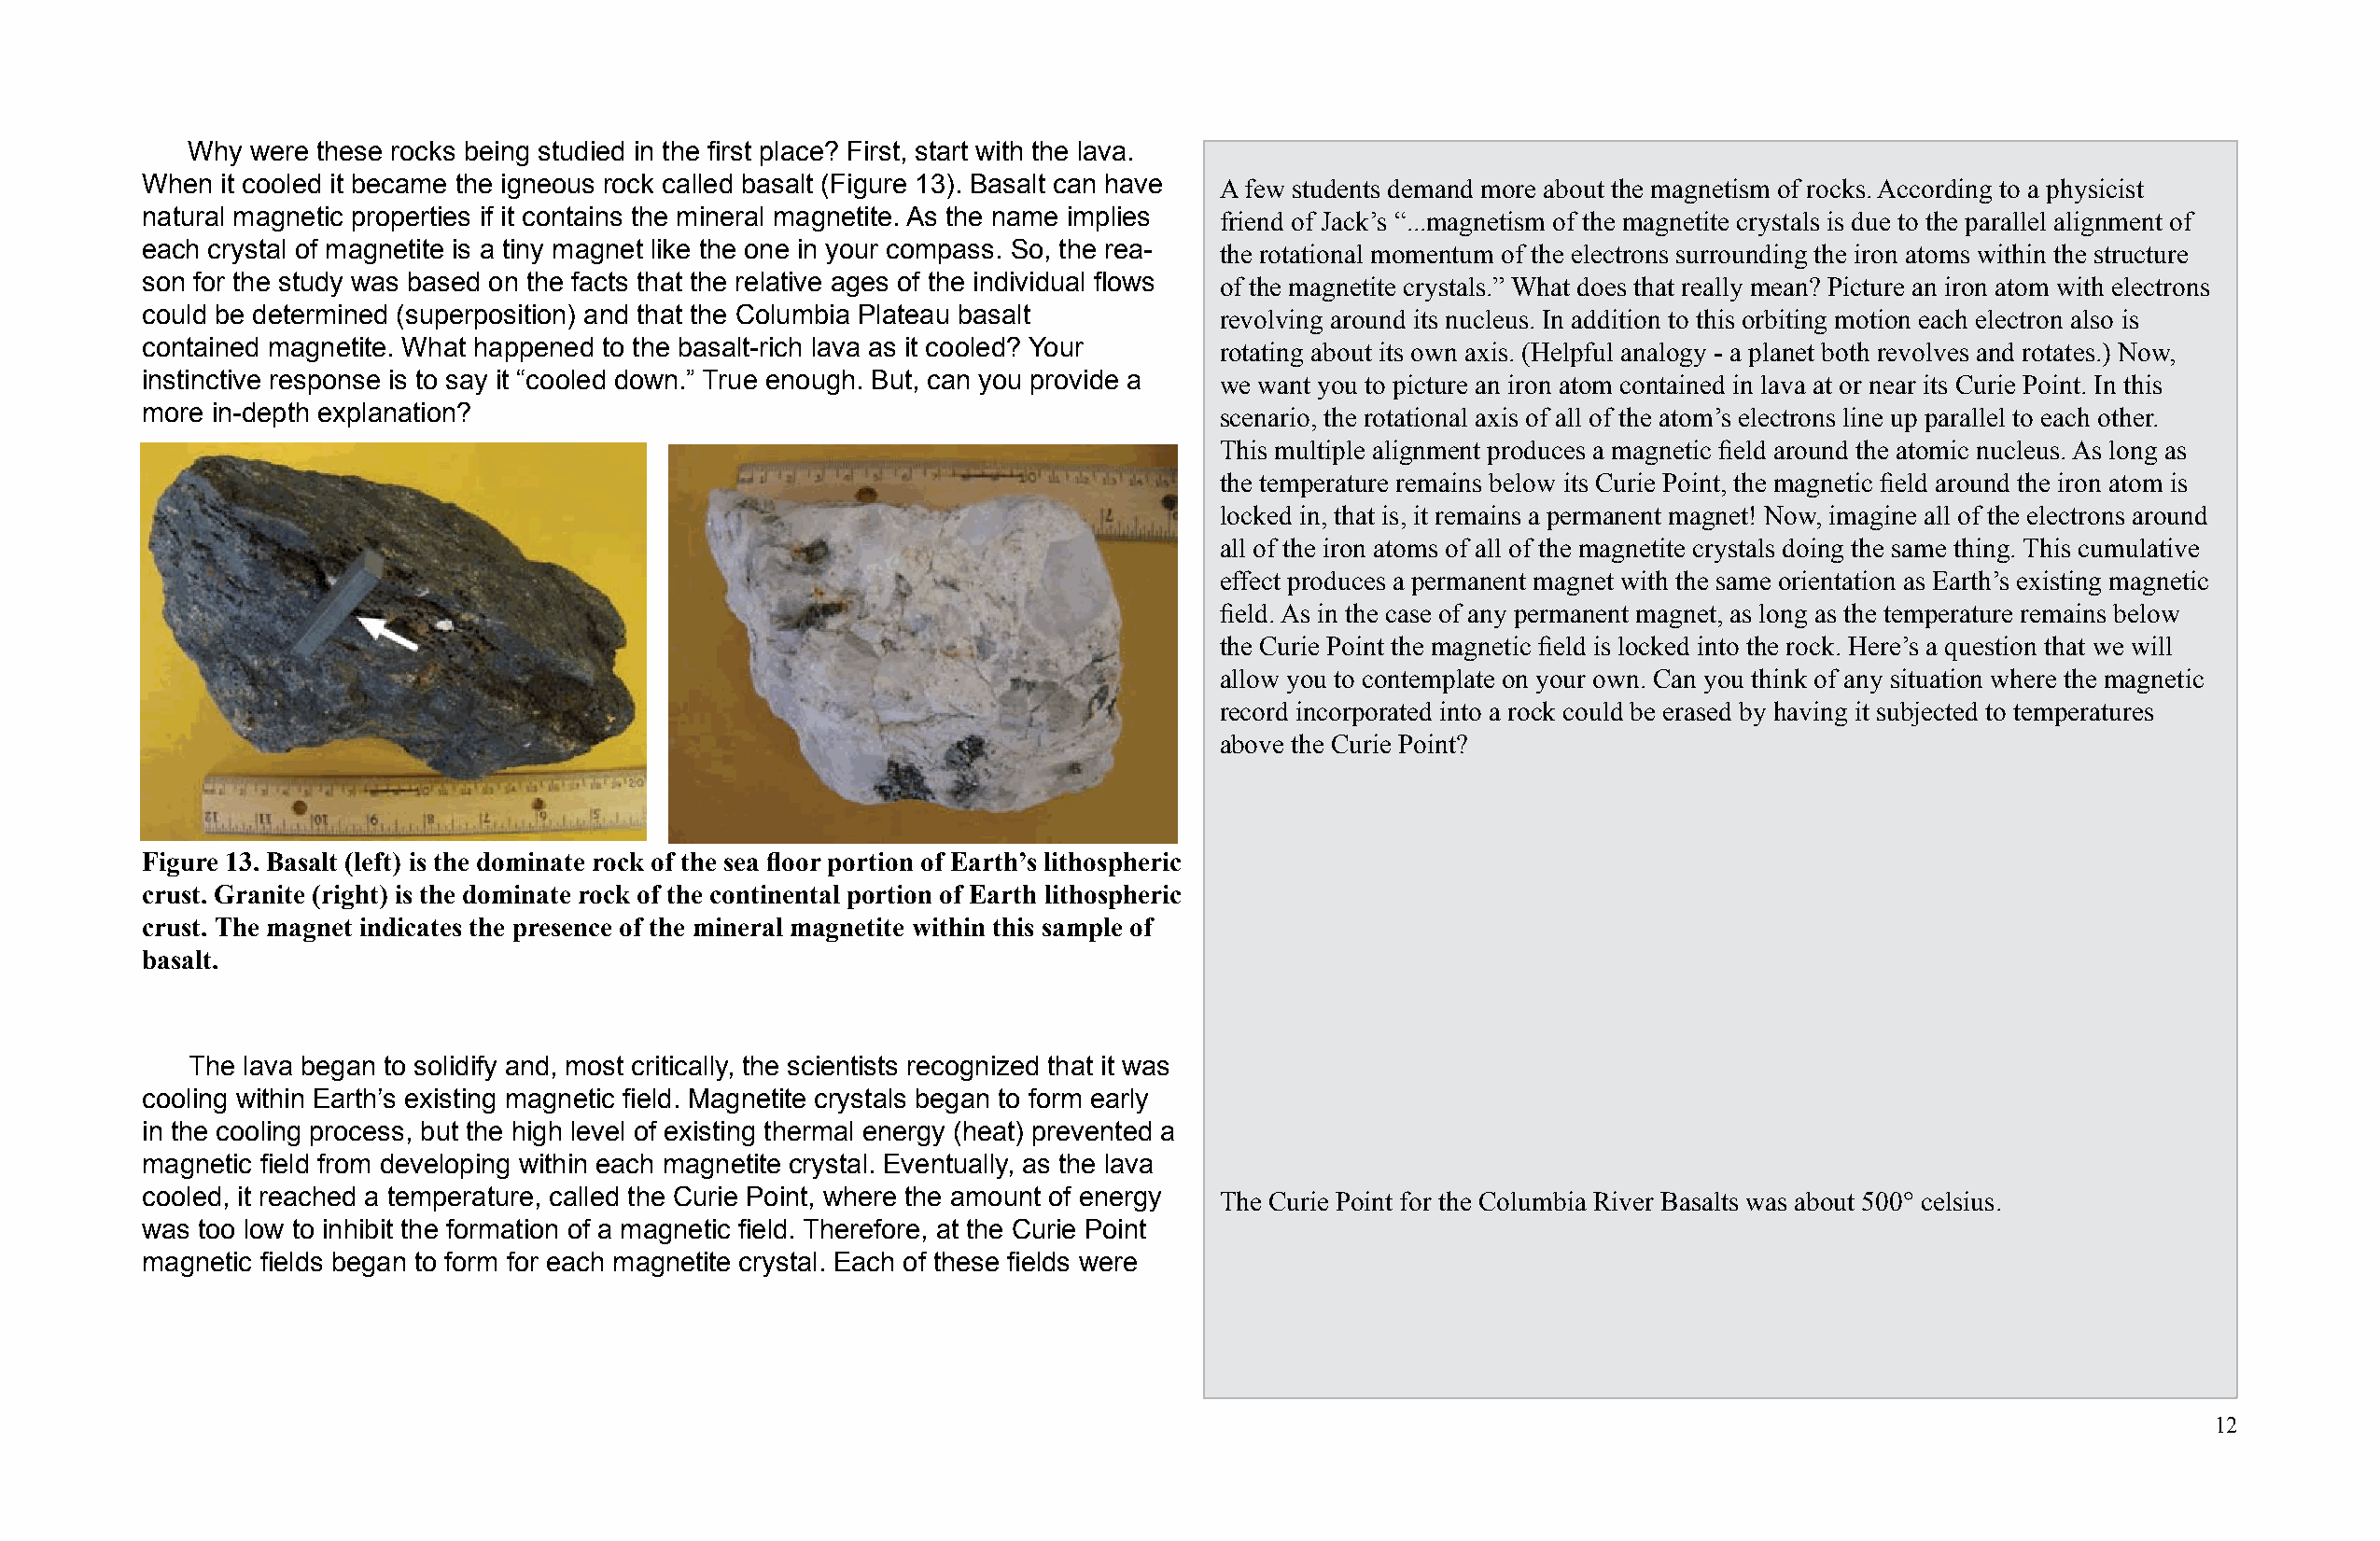
Why  were these rocks being studied in the fi rst place? First, start with the lava.
 When  it cooled it became the igneous rock called basalt (Figure 13). Basalt can have A few students demand more about the magnetism of rocks. According to a physicist
 natural magnetic properties if it contains the mineral magnetite. As the name implies friend of Jack’s “...magnetism of the magnetite crystals is due to the parallel alignment of
 each crystal of magnetite is a tiny magnet like the one in your compass. So, the rea- the rotational momentum of the electrons surrounding the iron atoms within the structure
 son for the study was based on the facts that the relative ages of the individual fl ows of the magnetite crystals.” What does that really mean? Picture an iron atom with electrons
 could be determined (superposition) and that the Columbia Plateau basalt     revolving around its nucleus. In addition to this orbiting motion each electron also is
 contained magnetite. What happened to the basalt-rich lava as it cooled? Your rotating about its own axis. (Helpful analogy - a planet both revolves and rotates.) Now,
 instinctive response is to say it “cooled down.” True enough. But, can you provide a we want you to picture an iron atom contained in lava at or near its Curie Point. In this
 more in-depth explanation?                                                   scenario, the rotational axis of all of the atom’s electrons line up parallel to each other.
 This multiple alignment produces a magnetic fi eld around the atomic nucleus. As long as
 the temperature remains below its Curie Point, the magnetic fi eld around the iron atom is
 locked in, that is, it remains a permanent magnet! Now, imagine all of the electrons around
 all of the iron atoms of all of the magnetite crystals doing the same thing. This cumulative
 effect produces a permanent magnet with the same orientation as Earth’s existing magnetic
 fi eld. As in the case of any permanent magnet, as long as the temperature remains below
 the Curie Point the magnetic fi eld is locked into the rock. Here’s a question that we will
 allow you to contemplate on your own. Can you think of any situation where the magnetic
 record incorporated into a rock could be erased by having it subjected to temperatures
 above the Curie Point?
 Figure 13. Basalt (left) is the dominate rock of the sea fl oor portion of Earth’s lithospheric
 crust. Granite (right) is the dominate rock of the continental portion of Earth lithospheric
 crust. The magnet indicates the presence of the mineral magnetite within this sample of
 basalt.
 The lava began to solidify and, most critically, the scientists recognized that it was
 cooling within Earth’s existing magnetic fi eld. Magnetite crystals began to form early
 in the cooling process, but the high level of existing thermal energy (heat) prevented a
 magnetic fi eld from developing within each magnetite crystal. Eventually, as the lava
 cooled, it reached a temperature, called the Curie Point, where the amount of energy The Curie Point for the Columbia River Basalts was about 500° celsius.
 was too low to inhibit the formation of a magnetic fi eld. Therefore, at the Curie Point
 magnetic fi elds began to form for each magnetite crystal. Each of these fi elds were
 12